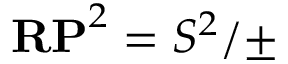
\mathbf { R P } ^ { 2 } = S ^ { 2 } / \pm